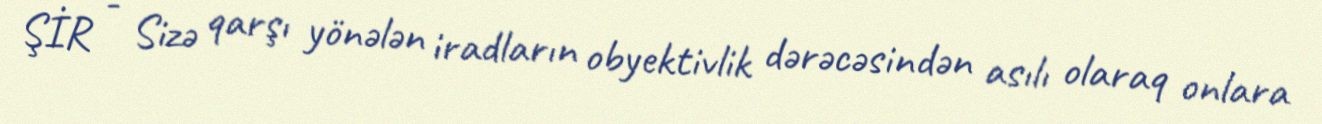
ŞİR - Sizə qarşı yönələn iradların obyektivlik dərəcəsindən asılı olaraq onlara